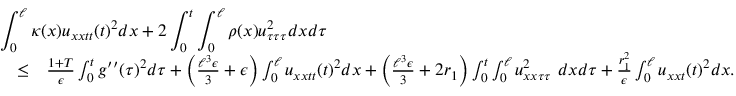
\begin{array} { r l r } { \lefteqn { \int _ { 0 } ^ { \ell } \kappa ( x ) u _ { x x t t } ( t ) ^ { 2 } d x + 2 \int _ { 0 } ^ { t } \int _ { 0 } ^ { \ell } \rho ( x ) u _ { \tau \tau \tau } ^ { 2 } d x d \tau } } \\ & { \leq } & { \frac { 1 + T } { \epsilon } \int _ { 0 } ^ { t } g ^ { \prime \prime } ( \tau ) ^ { 2 } d \tau + \Big ( \frac { \ell ^ { 3 } \epsilon } { 3 } + \epsilon \Big ) \int _ { 0 } ^ { \ell } u _ { x x t t } ( t ) ^ { 2 } d x + \Big ( \frac { \ell ^ { 3 } \epsilon } { 3 } + 2 r _ { 1 } \Big ) \int _ { 0 } ^ { t } \int _ { 0 } ^ { \ell } u _ { x x \tau \tau } ^ { 2 } \ d x d \tau + \frac { r _ { 1 } ^ { 2 } } { \epsilon } \int _ { 0 } ^ { \ell } u _ { x x t } ( t ) ^ { 2 } d x . ~ ~ ~ } \end{array}